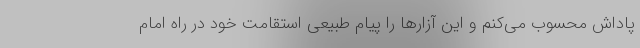
پاداش محسوب می‌کنم و این آزارها را پیام طبیعی استقامت خود در راه امام